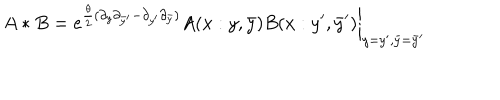
LaTeX: A * B = \left. e ^ { \frac { \theta } { 2 } ( \partial _ { y } \partial _ { \bar { y } ^ { \prime } } - \partial _ { y ^ { \prime } } \partial _ { \bar { y } } ) } A ( x : y , \bar { y } ) B ( x : y ^ { \prime } , \bar { y } ^ { \prime } ) \right| _ { y = y ^ { \prime } , \bar { y } = \bar { y } ^ { \prime } }